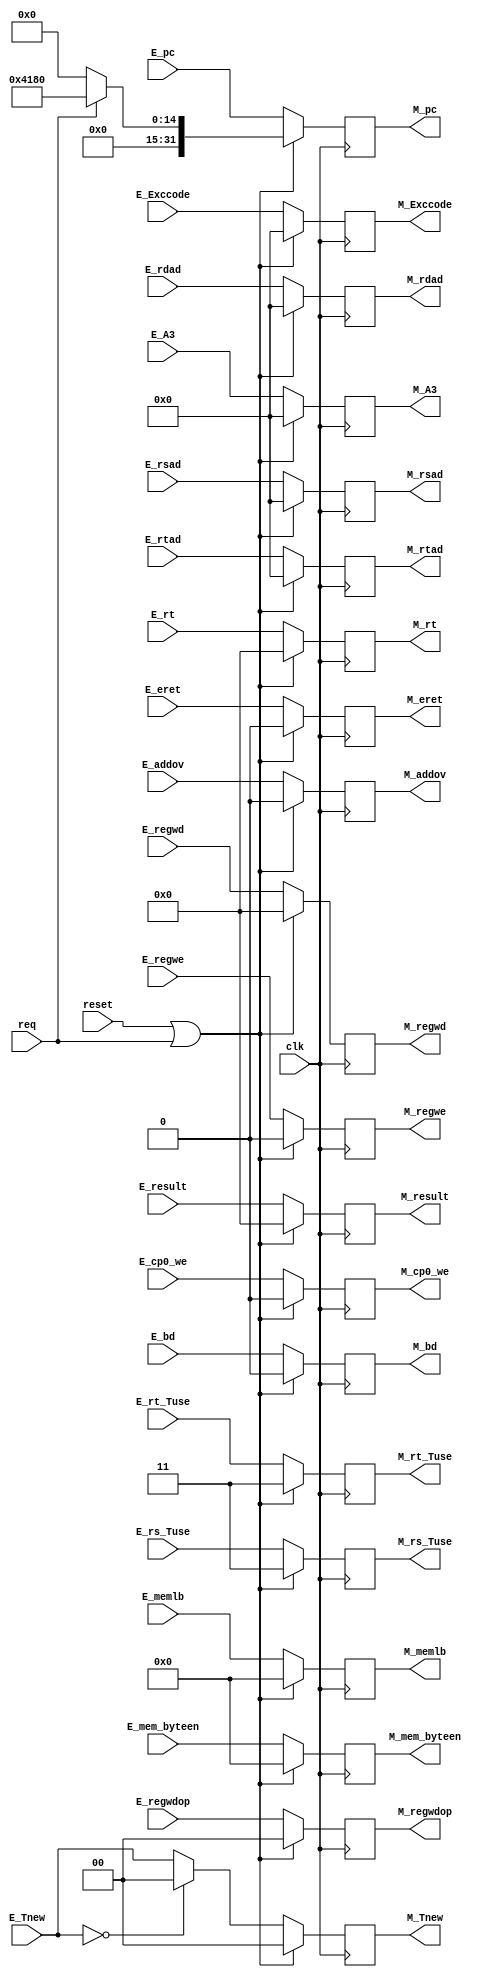
module M_reg (
    input [31:0] E_result,
    output [31:0] M_result,
    input E_cp0_we,
    output M_cp0_we,
    input E_eret,
    output M_eret,
    input E_bd,
    output M_bd,
    input E_regwe,
    output M_regwe,
    input [3:0] E_memlb,
    output [3:0] M_memlb, 
    input [3:0] E_mem_byteen,
    output [3:0] M_mem_byteen,
    input [4:0] E_A3,
    output [4:0] M_A3,
    input [1:0] E_regwdop,
    output [1:0] M_regwdop,
    input [31:0] E_rt,
    output [31:0] M_rt,
    input [31:0] E_pc,
    output [31:0] M_pc,
    input [1:0] E_rs_Tuse,
    output [1:0] M_rs_Tuse,
    input [1:0] E_rt_Tuse, 
    output [1:0] M_rt_Tuse,
    input [1:0] E_Tnew,
    output [1:0] M_Tnew,
    input [4:0] E_rsad,
    output [4:0] M_rsad,
    input [4:0] E_rtad,
    output [4:0] M_rtad,
    input [4:0] E_rdad,
    output [4:0] M_rdad,
    input [31:0] E_regwd,
    output [31:0] M_regwd,
    input [4:0] E_Exccode,
    output [4:0] M_Exccode,
	 input E_addov,
	 output M_addov,
    input clk,
    input req,
	input reset
);
	 reg reg_M_addov ;
    reg [31:0] reg_M_result ;
    reg reg_M_regwe ;
    reg [3:0] reg_M_memlb ;
    reg [3:0] reg_M_mem_byteen ;
    reg [4:0] reg_M_A3 ;
    reg [1:0] reg_M_regwdop ;
    reg [31:0] reg_M_rt ;
    reg [31:0] reg_M_pc ;
    reg [1:0] reg_M_rs_Tuse ;
    reg [1:0] reg_M_rt_Tuse ;
    reg [1:0] reg_M_Tnew ;
    reg [4:0] reg_M_rsad ;
    reg [4:0] reg_M_rtad ;
    reg [31:0] reg_M_regwd ;
    reg [4:0] reg_M_rdad ;
    reg reg_M_cp0_we ;
    reg reg_M_eret ;
    reg reg_M_bd ;
    reg [4:0] reg_M_Exccode ;
    always @(posedge clk) begin
		if (reset == 1 || req == 1) begin
        reg_M_Exccode <= 0 ;
        reg_M_cp0_we <= 0 ;
        reg_M_eret <= 0 ;
        reg_M_bd <= 0 ;
        reg_M_rdad <= 0 ;
        reg_M_memlb <= 0 ;
		  reg_M_result <= 0 ;
        reg_M_regwe <= 0 ;
        reg_M_mem_byteen <= 0 ;
        reg_M_A3 <= 0 ;
        reg_M_regwdop <= 0 ;
        reg_M_rt <= 0 ;
        reg_M_pc <= (req)? 32'h4180 : 0  ;
        reg_M_rs_Tuse <= 3 ;
        reg_M_rt_Tuse <= 3 ;
        reg_M_Tnew <= 0 ;
        reg_M_rsad <= 0 ;
        reg_M_rtad <= 0 ;
        reg_M_regwd <= 0 ;
		  reg_M_addov <= 0 ;
		end
		else begin
        reg_M_Exccode <= E_Exccode ;
        reg_M_memlb <= E_memlb ;
        reg_M_result <= E_result ;
        reg_M_regwe <= E_regwe ;
        reg_M_mem_byteen <= E_mem_byteen ;
        reg_M_A3 <= E_A3 ;
        reg_M_regwdop <= E_regwdop ;
        reg_M_rt <= E_rt ;
        reg_M_pc <= E_pc ;
        reg_M_rs_Tuse <= E_rs_Tuse ;
        reg_M_rt_Tuse <= E_rt_Tuse ;
        if (E_Tnew == 0) reg_M_Tnew <= 0 ;
        else reg_M_Tnew <= E_Tnew ;
        reg_M_rsad <= E_rsad ;
        reg_M_rtad <= E_rtad ;
        reg_M_regwd <= E_regwd ;
        reg_M_cp0_we <= E_cp0_we ;
        reg_M_eret <= E_eret ;
        reg_M_bd <= E_bd ;
        reg_M_rdad <= E_rdad ;
		  reg_M_addov <= E_addov ;
		end
    end
    assign M_memlb = reg_M_memlb ;
    assign M_result = reg_M_result ;
    assign M_regwe = reg_M_regwe ;
    assign M_mem_byteen = reg_M_mem_byteen ;
    assign M_A3 = reg_M_A3 ;
    assign M_regwdop = reg_M_regwdop ;
    assign M_rt = reg_M_rt ;
    assign M_pc = reg_M_pc ;
    assign M_rs_Tuse = reg_M_rs_Tuse ;
    assign M_rt_Tuse = reg_M_rt_Tuse ;
    assign M_Tnew = reg_M_Tnew ;
    assign M_rsad = reg_M_rsad ;
    assign M_rtad = reg_M_rtad ;
    assign M_regwd = reg_M_regwd ;  
    assign M_rdad = reg_M_rdad ;
    assign M_eret = reg_M_eret ;
    assign M_cp0_we = reg_M_cp0_we ;
    assign M_bd = reg_M_bd ;
    assign M_Exccode = reg_M_Exccode ;
	 assign M_addov = reg_M_addov ;
endmodule 
//     [3:0] E_ALUop,
//     [31:0] E_imm32,
//     E_ALUrt_or_immop,
//     [31:0] E_rs,
//     [31:0] E_pc,